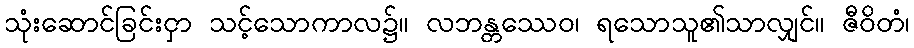
သုံးဆောင်ခြင်းငှာ သင့်သောကာလ၌။ လဘန္တဿေဝ၊ ရသောသူ၏သာလျှင်။ ဇီဝိတံ၊